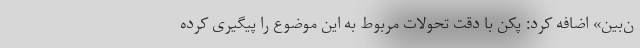
ن‌بین» اضافه کرد: پکن با دقت تحولات مربوط به این موضوع را پیگیری کرده